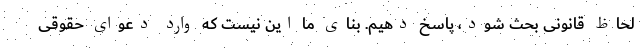
لحاظ قانونی بحث شود، پاسخ دهیم. بنای ما این نیست که وارد دعوای حقوقی